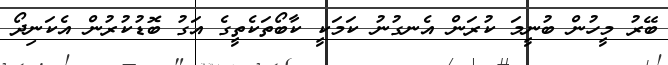
ބޭރު މީހުން ބުނީމަ ކުރަން އެނގުނު ކަމަކީ ކާބޯތަކެތީގެ އަގު ބޮޑުކުރުން އެކަނިދޯ